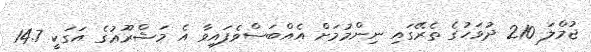
ޖުމްލަ 210 ދުވަހުގެ ތެރޭގައި ނިންމުމަށް އެއްބަސްވެފައިވާ އެ މަޝްރޫޢުގެ އަގަކީ 14.7